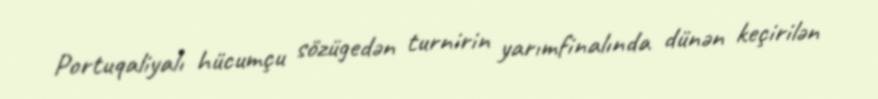
Portuqaliyalı hücumçu sözügedən turnirin yarımfinalında dünən keçirilən